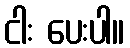
ငါး ပေးပါ။